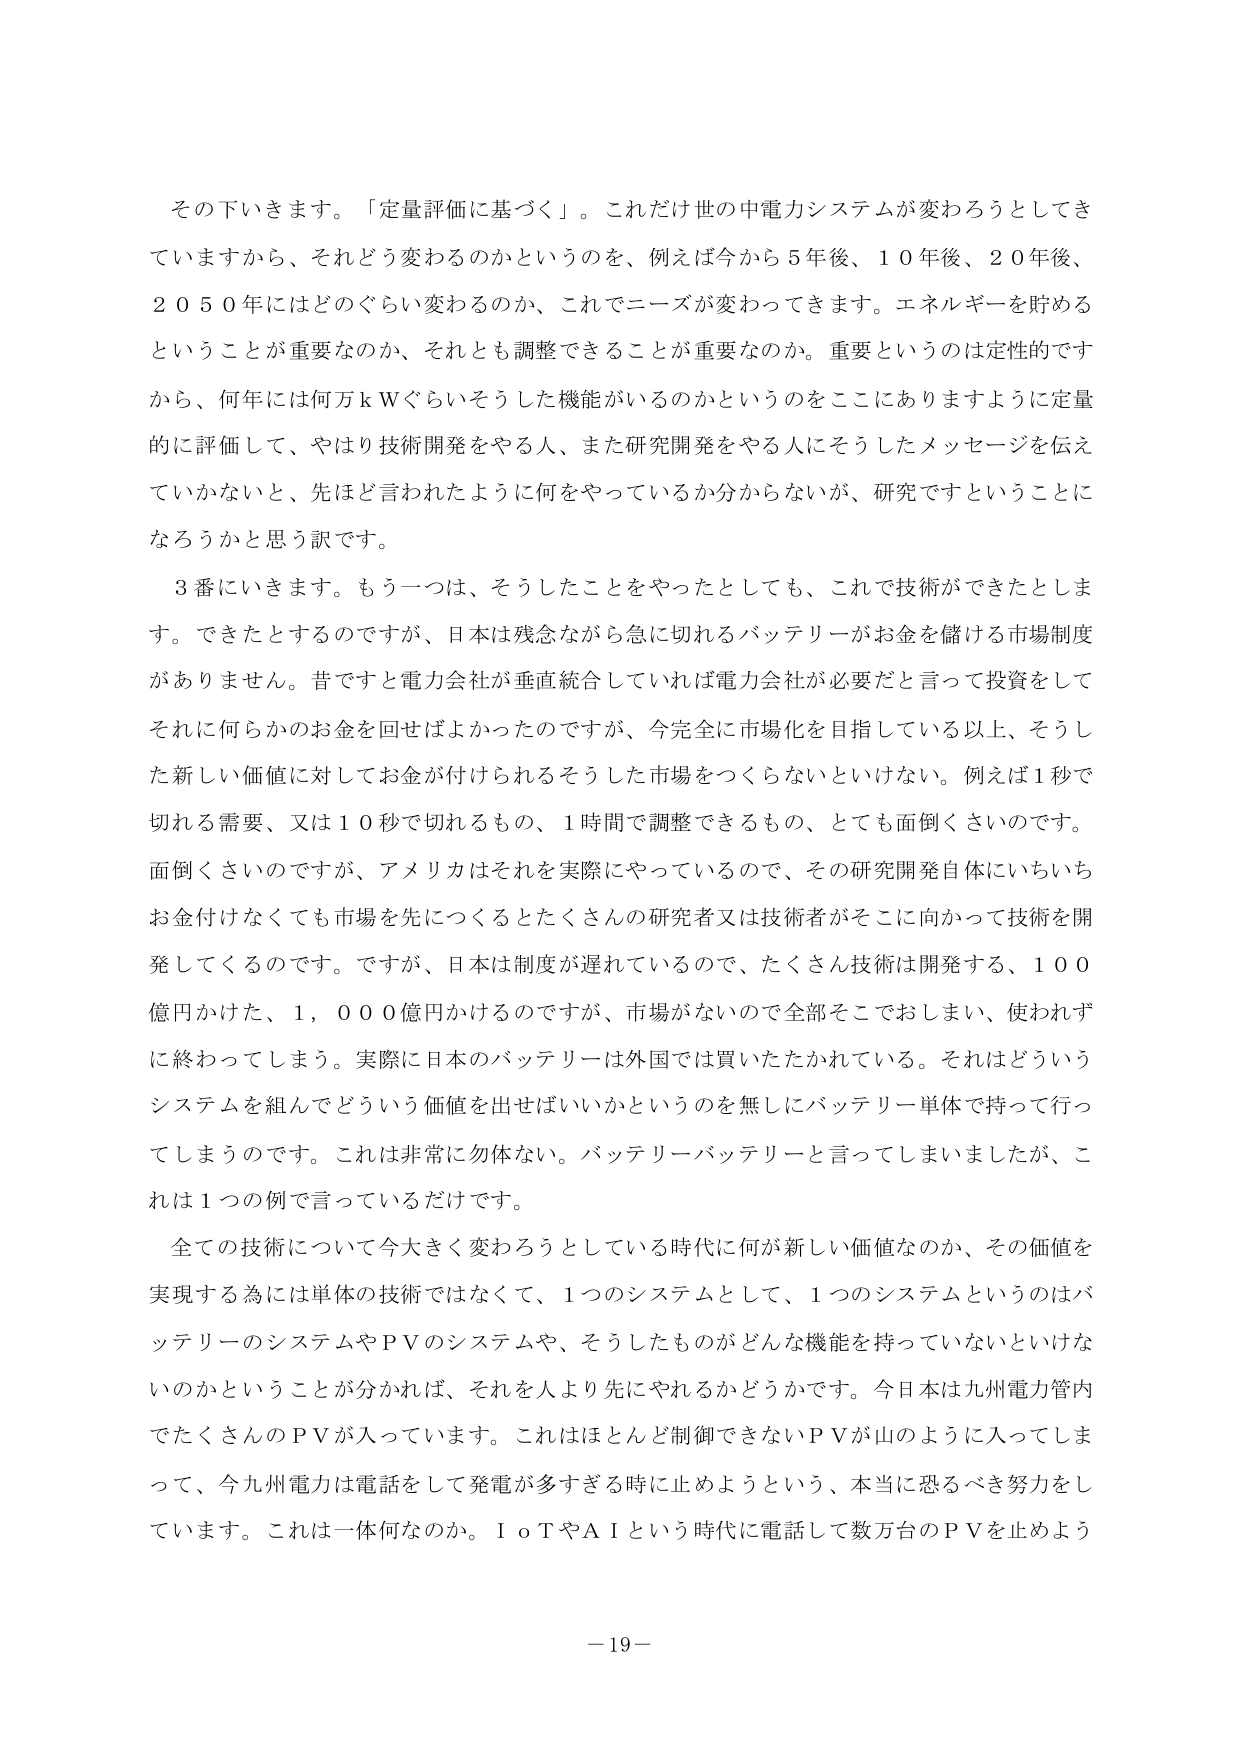
その下いきます。「定量評価に基づく」。これだけ世の中電力システムが変わろうとしてきていますから、それどう変わるのかというのを、例えば今から５年後、１０年後、２０年後、２０５０年にはどのぐらい変わるのか、これでニーズが変わってきます。エネルギーを貯めるということが重要なのか、それとも調整できることが重要なのか。重要というのは定性的ですから、何年には何万ｋＷぐらいそうした機能がいるのかというのをここにありますように定量的に評価して、やはり技術開発をやる人、また研究開発をやる人にそうしたメッセージを伝えていかないといけない、先ほど言われたように何をやっているか分からないが、研究ですということになろうかと思う訳です。

３番にいきます。もう一つは、そうしたことをやったとしても、これで技術ができたとします。できたとするのですが、日本は残念ながら急に切れるバッテリーがお金を儲ける市場制度がありません。昔ですと電力会社が垂直統合していれば電力会社が必要だと言って投資をしてそれに何らかのお金を回せばよかったのですが、今完全に市場化を目指している以上、そうした新しい価値に対してお金が付けられるそうした市場をつくらないといけない。例えば１秒で切れる需要、又は１０秒で切れるもの、１時間で調整できるもの、とても面倒くさいのです。面倒くさいのですが、アメリカはそれを実際にやっているので、その研究開発自体にいちいちお金付けなくても市場を先につくるとたくさんの研究者又は技術者がそこに向かって技術を開発してくるのです。ですが、日本は制度が遅れているので、たくさん技術は開発する、１００億円かけた、１，０００億円かけるのですが、市場がないので全部そこでおしまい、使われずに終わってしまう。実際に日本のバッテリーは外国では買いたたかれている。それはどういうシステムを組んでどういう価値を出せばいいかというのを無しにバッテリー単体で持って行ってしまうのです。これは非常に勿体ない。バッテリーバッテリーと言ってしまいましたが、これは１つの例で言っているだけです。

全ての技術について今大きく変わろうとしている時代に何が新しい価値なのか、その価値を実現する為には単体の技術ではなくて、１つのシステムとして、１つのシステムというのはバッテリーのシステムやＰＶのシステムや、そうしたもののがどんな機能を持っていないといけないのかということが分かれば、それを人より先にやれるかどうかです。今日本は九州電力管内でたくさんのＰＶが入っています。これはほとんど制御できないＰＶが山のように入ってしまって、今九州電力は電話をして発電が多すぎる時に止めようという、本当に恐るべき努力をしています。これは一体何なのか。ＩｏＴやＡＩという時代に電話して数万台のＰＶを止めよう

－19－